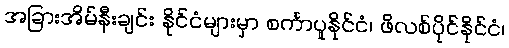
အခြားအိမ်နီးချင်း နိုင်ငံများမှာ စင်္ကာပူနိုင်ငံ၊ ဖိလစ်ပိုင်နိုင်ငံ၊